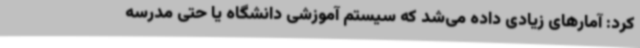
کرد: آمارهای زیادی داده می‌شد که سیستم آموزشی دانشگاه یا حتی مدرسه